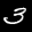
Label: 3